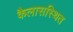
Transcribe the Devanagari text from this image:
कैलासस्थित